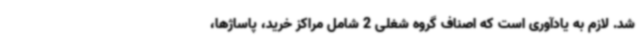
شد. لازم به یادآوری است که اصناف گروه شغلی 2 شامل مراکز خرید، پاساژها،